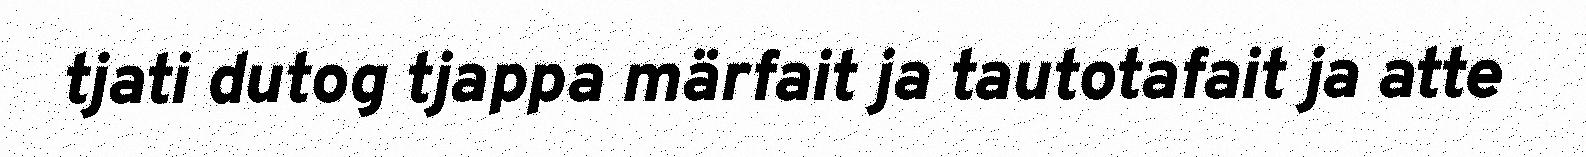
tjati dutog tjappa märfait ja tautotafait ja atte